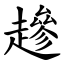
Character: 䟃